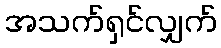
အသက်ရှင်လျှက်